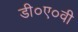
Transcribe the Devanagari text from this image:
डी०ए०वी